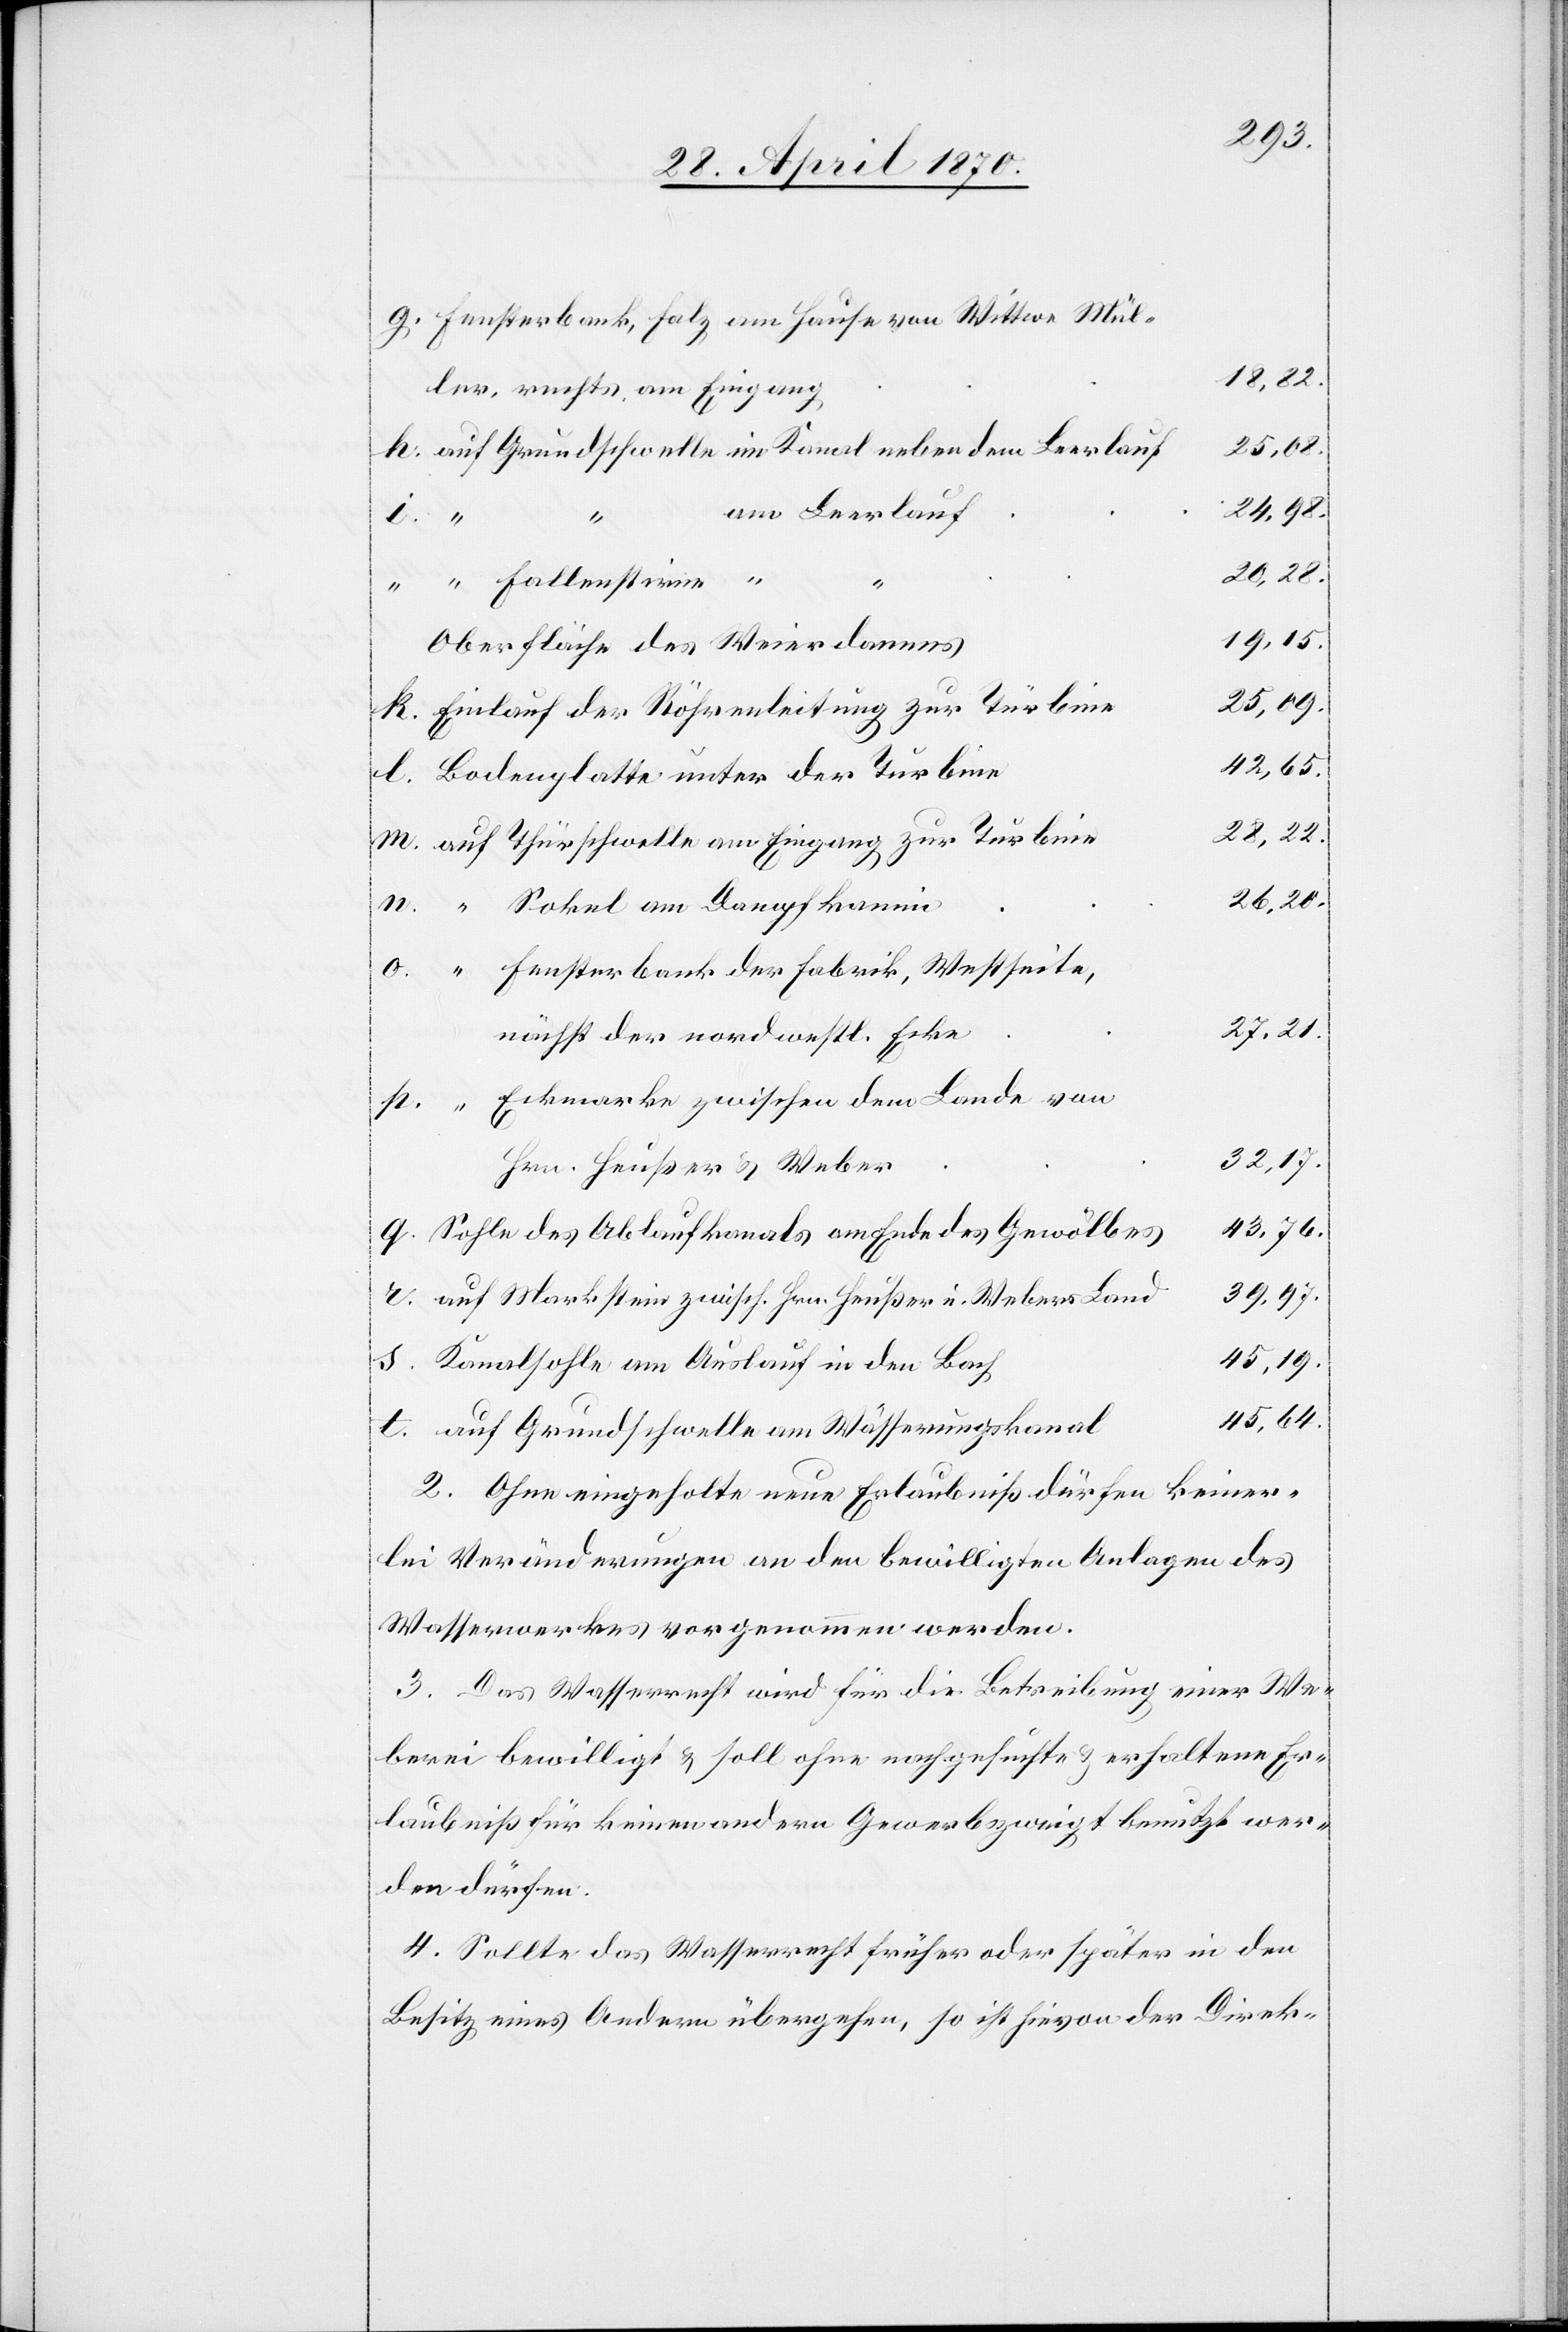
Fensterbank, Falz am Hause von Wittwe Mül¬
18,82.
ler, rechts am Eingang
25,09.
auf Grundschwelle im Kanal neben dem Leerlauf
24,98.
am Leerlauf
t.
27,21.
“ Fallenstirne “
19,15.
Oberfläche des Weierdamms
Einlauf der Röhrenleitung zur Türbine
42,65.
Bodenplatte unter der Turbine
28,22.
auf Thürschwelle am Eingang zur Turbine
26,20.
“ Fensterbank der Fabrik, Westseite,
nächst der nordwestl. Ecke
“ Eckmarke zwischen dem Lande von
32,17.
Hrn. Heußer & Weber
43,76.
Sohle des Ablaufkanals am Ende des Gewölbes
39,97.
auf Markstein zwisch. Hrn. Heußer u. Webers Land
45,19.
Kanalsohle am Auslauf in den Bach
45,64.
auf Grundschwelle am Wässerungskanal
2. Ohne eingeholte neue Erlaubniß dürfen keiner¬
lei Veränderungen an den bewilligten Anlagen des
Wasserwerkes vorgenommen werden.
3. Das Wasserwerk wird für die Betreibung einer We¬
berei bewilligt & soll ohne nachgesuchte & erhaltene Er¬
laubniß für keinen andern Gewerbszweigt [sic!] benutzt wer¬
den dürfen.
4. Sollte das Wasserrecht früher oder später in den
Besitz eines Andern übergehen, so ist hievon der Direk-